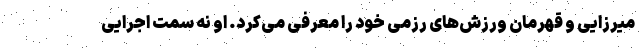
میرزایی و قهرمان ورزش‌های رزمی خود را معرفی می‌کرد. او نه سمت اجرایی